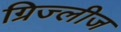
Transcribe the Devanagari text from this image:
ग्रिज्लीज